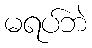
မရပ်ဘဲ